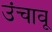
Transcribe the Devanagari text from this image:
उंचावू